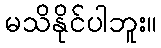
မသိနိုင်ပါဘူး။